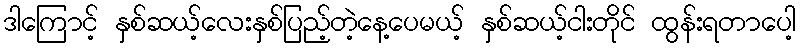
ဒါကြောင့် နှစ်ဆယ့်လေးနှစ်ပြည့်တဲ့နေ့ပေမယ့် နှစ်ဆယ့်ငါးတိုင် ထွန်းရတာပေါ့